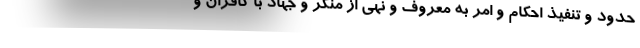
حدود و تنفیذ احکام و امر به معروف و نهی از منکر و جهاد با کافران و